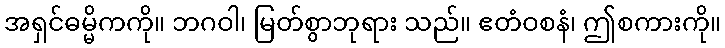
အရှင်ဓမ္မိကကို။ ဘဂဝါ၊ မြတ်စွာဘုရား သည်။ ဧတံဝစနံ၊ ဤစကားကို။